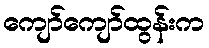
ကျော်ကျော်ထွန်းက